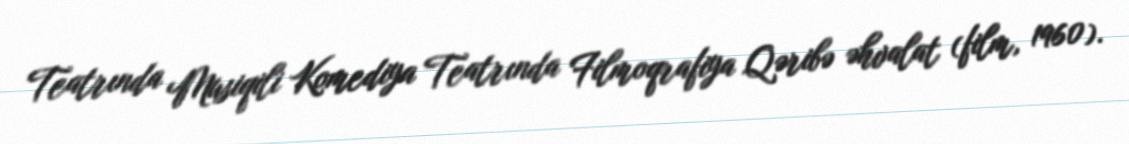
Teatrında Musiqili Komediya Teatrında Filmoqrafiya Qəribə əhvalat (film, 1960).